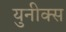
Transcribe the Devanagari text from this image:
युनीक्स